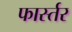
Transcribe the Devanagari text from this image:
फार्स्तर